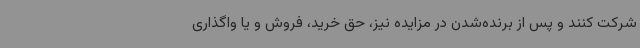
شرکت کنند و پس از برنده‌شدن در مزایده نیز، حق خرید، فروش و یا واگذاری